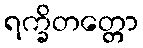
ရက္ခိတတ္တော